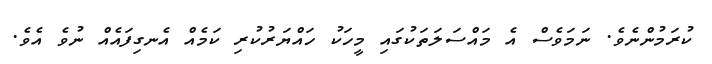
ކުރަމުންނެވެ. ނަމަވެސް އެ މައްސަލަތަކުގައި މީހަކު ހައްޔަރުކުރި ކަމެއް އެނގިފައެއް ނުވެ އެވެ.